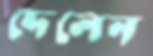
দেলেন